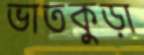
ভাতকুড়া